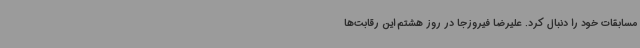
مسابقات خود را دنبال کرد. علیرضا فیروزجا در روز هشتم این رقابت‌ها